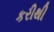
કરીથી